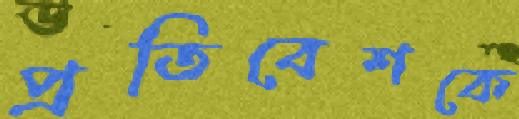
প্রতিবেশকে